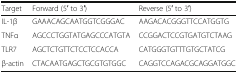
| Target | Forward (5′ to 3′) | Reverse (5′ to 3′) |
 | --- | --- | --- |
 | IL-1β | GAAACAGCAATGGTCGGGAC | AAGACACGGGTTCCATGGTG |
 | TNFα | AGCCCTGGTATGAGCCCATGTA | CCGGACTCCGTGATGTCTAAG |
 | TLR7 | AGCTCTGTTCTCCTCCACCA | CATGGGTGTTTGTGCTATCG |
 | β-actin | CTACAATGAGCTGCGTGTGGC | CAGGTCCAGACGCAGGATGGC |